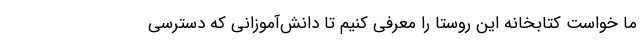
ما خواست کتابخانه این روستا را معرفی کنیم تا دانش‌آموزانی که دسترسی